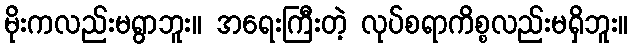
မိုးကလည်းမရွာဘူး။ အရေးကြီးတဲ့ လုပ်စရာကိစ္စလည်းမရှိဘူး။